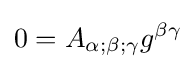
0=A_{\alpha ;\beta ;\gamma }g^{\beta \gamma }